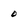
Character: 0